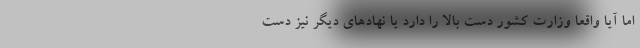
اما آیا واقعا وزارت کشور دست بالا را دارد یا نهادهای دیگر نیز دست